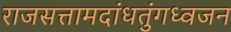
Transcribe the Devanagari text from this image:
राजसत्तामदांधतुंगध्वजन